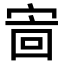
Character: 𫳖